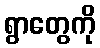
ရွာတွေကို